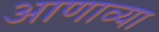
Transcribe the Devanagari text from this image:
आणाव्या